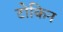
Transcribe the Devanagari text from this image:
टोकिन